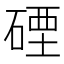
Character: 䃌